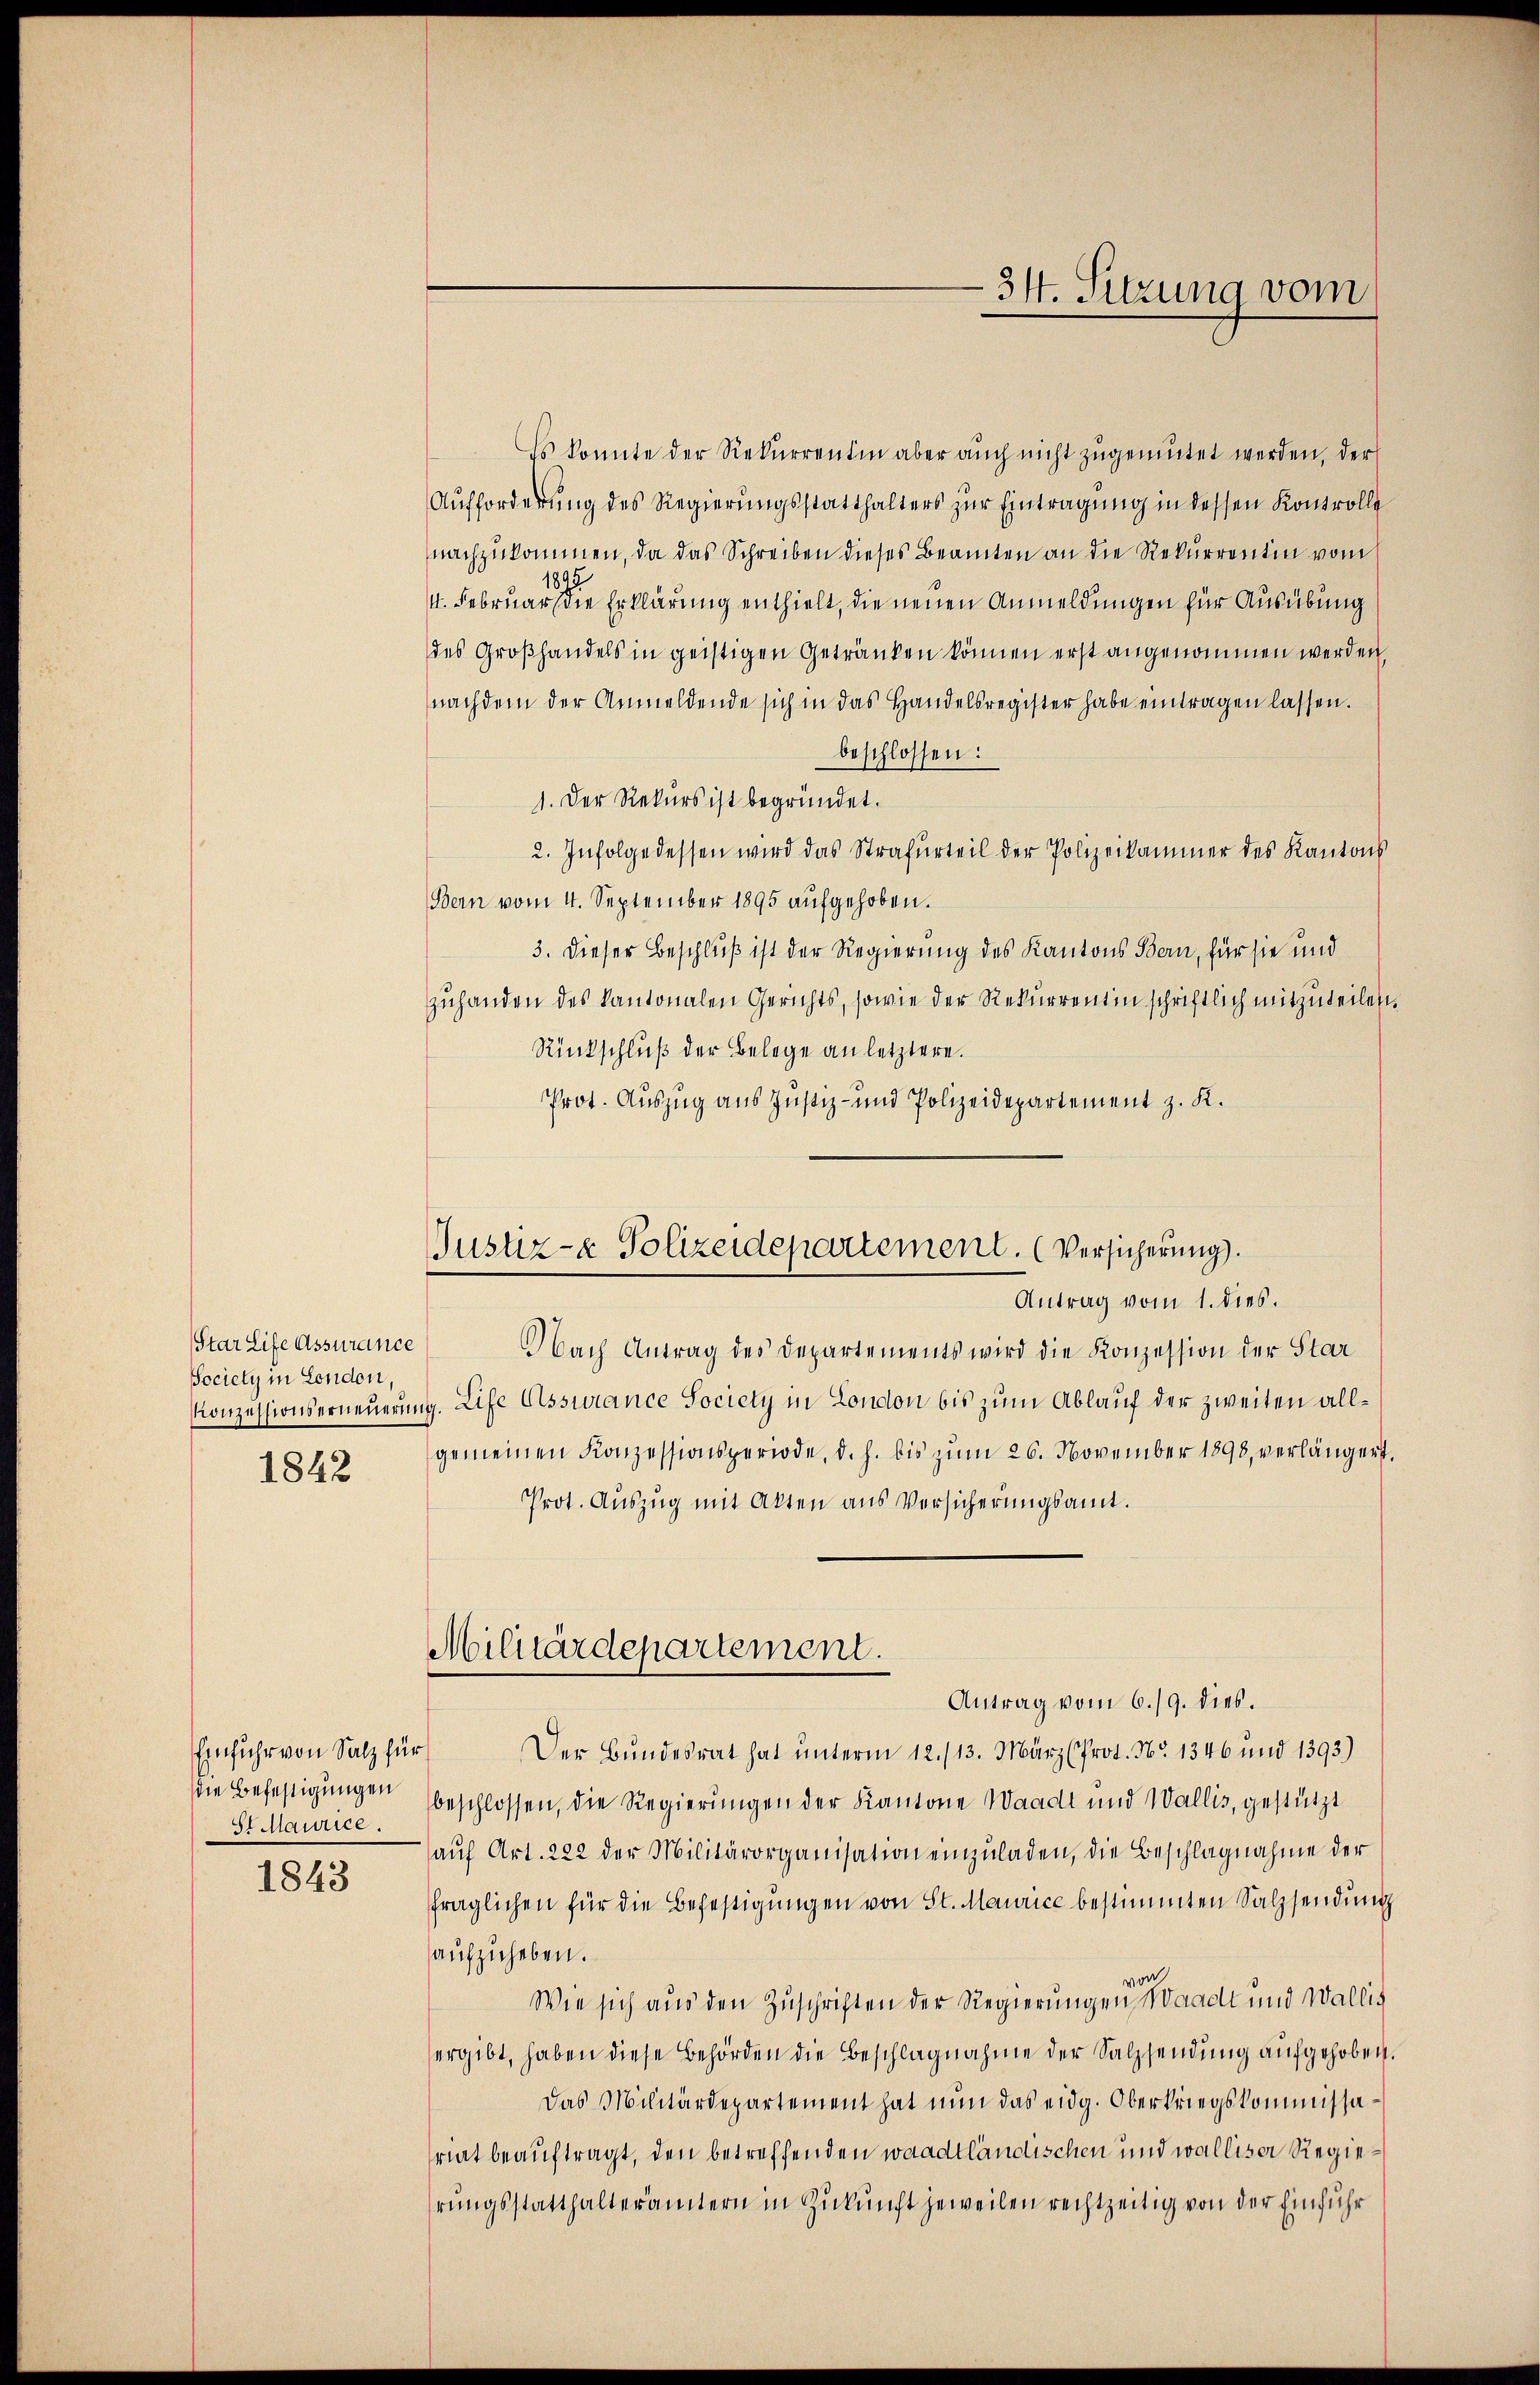
Star Life Assurance
Sociely in London,
1842

Einfuhr von Salz für
die Befestigungen
St Maurice.

1843

Es konnte der Rekurrentin aber aŭch nicht zŭgemŭtet werden, der
Aufforderung des Regierungsstatthalters zur Eintragung in dessen Kontrolle
nachzukommen, da das Schreiben dieses Beamten an die Rekurrentin vom
189
4. Februar die Erklärung enthielt, die neuen Anmeldungen für Ausübung
des Großhandels in geistigen Getränken können erst angenommen werden,
nachdem der Anmeldende sich in das Handelsregister habe eintragen lassen.
beschlossen:
1. Der Rekurs ist begründet.
2. Infolge dessen wird das Strafurteil der Polizeikammer des Kantons
Bern vom 4. September 1895 aufgehoben.
3. Dieser Beschluß ist der Regierung des Kantons Bern, für sie und
zuhanden des Kantonalen Gerichts, sowie der Rekurrentin schriftlich mitzuteilen,
Rückschluß der Belege an letztere.
Prot. Auszug aus Justiz- und Polizeidepartement z. K.

- 34. Sitzung vom

Justiz- & Polizeidepartement. (Versicherung).
Antrag vom 1. dies.

Nach Antrag des Departements wird die Konzession der Star
Konzessionserneuerung. Life Assurance Society in London bis zum Ablauf der zweiten allgemeinen Konzessionsperiode, d. h. bis zum 26. November 1898, verlängert.
Prot. Auszug mit Akten aus Versicherungsamt.
Der Bundesrat hat unterm 12./13. März (Prot. No. 1346 und 1393.)
beschlossen, die Regierungen der Kantone Waadt und Wallis, gestützt
aŭf Art. 222 der Militärorganisation einzuladen, die Beschlagnahme der
fraglichen für die Befestigungen von St. Maurice bestimmten Salzsendung
aufzuheben.
von
Wie sich aus den Zuschriften der Regierungen Waadt und Wallis
ergibt, haben diese Behörden die Beschlagnahme der Salzsendung aufgehoben.
Das Militärdepartement hat nun das eidg. Oberkriegskommissariat beauftragt, den betreffenden waadtländischen und walliser Regiehrŭngsstatthalterämtern in Zukunft jeweilen rechtzeitig von der Einführ

Militärdepartement.
Antrag vom 6./9. dies.